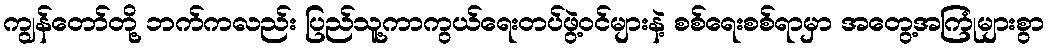
ကျွန်တော်တို့ ဘက်ကလည်း ပြည်သူ့ကာကွယ်ရေးတပ်ဖွဲ့ဝင်များနဲ့ စစ်ရေးစစ်ရာမှာ အတွေ့အကြုံများစွာ